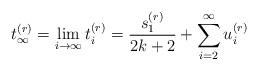
LaTeX: \begin{align*}t_\infty^{(r)}=\lim_{i\to \infty} t_i^{(r)}=\frac{s_1^{(r)}}{2k+2}+\sum_{i=2}^\infty u_i^{(r)}\end{align*}